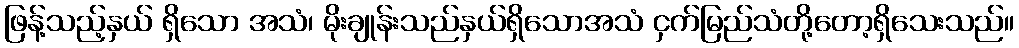
ဖြန့်သည့်နှယ် ရှိသော အသံ၊ မိုးချုန်းသည်နှယ်ရှိသောအသံ ငှက်မြည်သံတို့တော့ရှိသေးသည်။